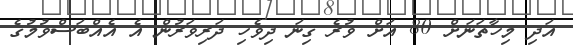
އަދި މިހާތަނަށް 80 އަށް ވުރެ ގިނަ ދިވެހި ދަރިވަރުން އެ އެއްބަސްވުމުގެ